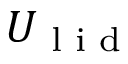
U _ { \textrm { l i d } }